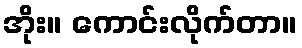
အိုး။ ကောင်းလိုက်တာ။